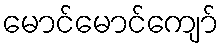
မောင်မောင်ကျော်